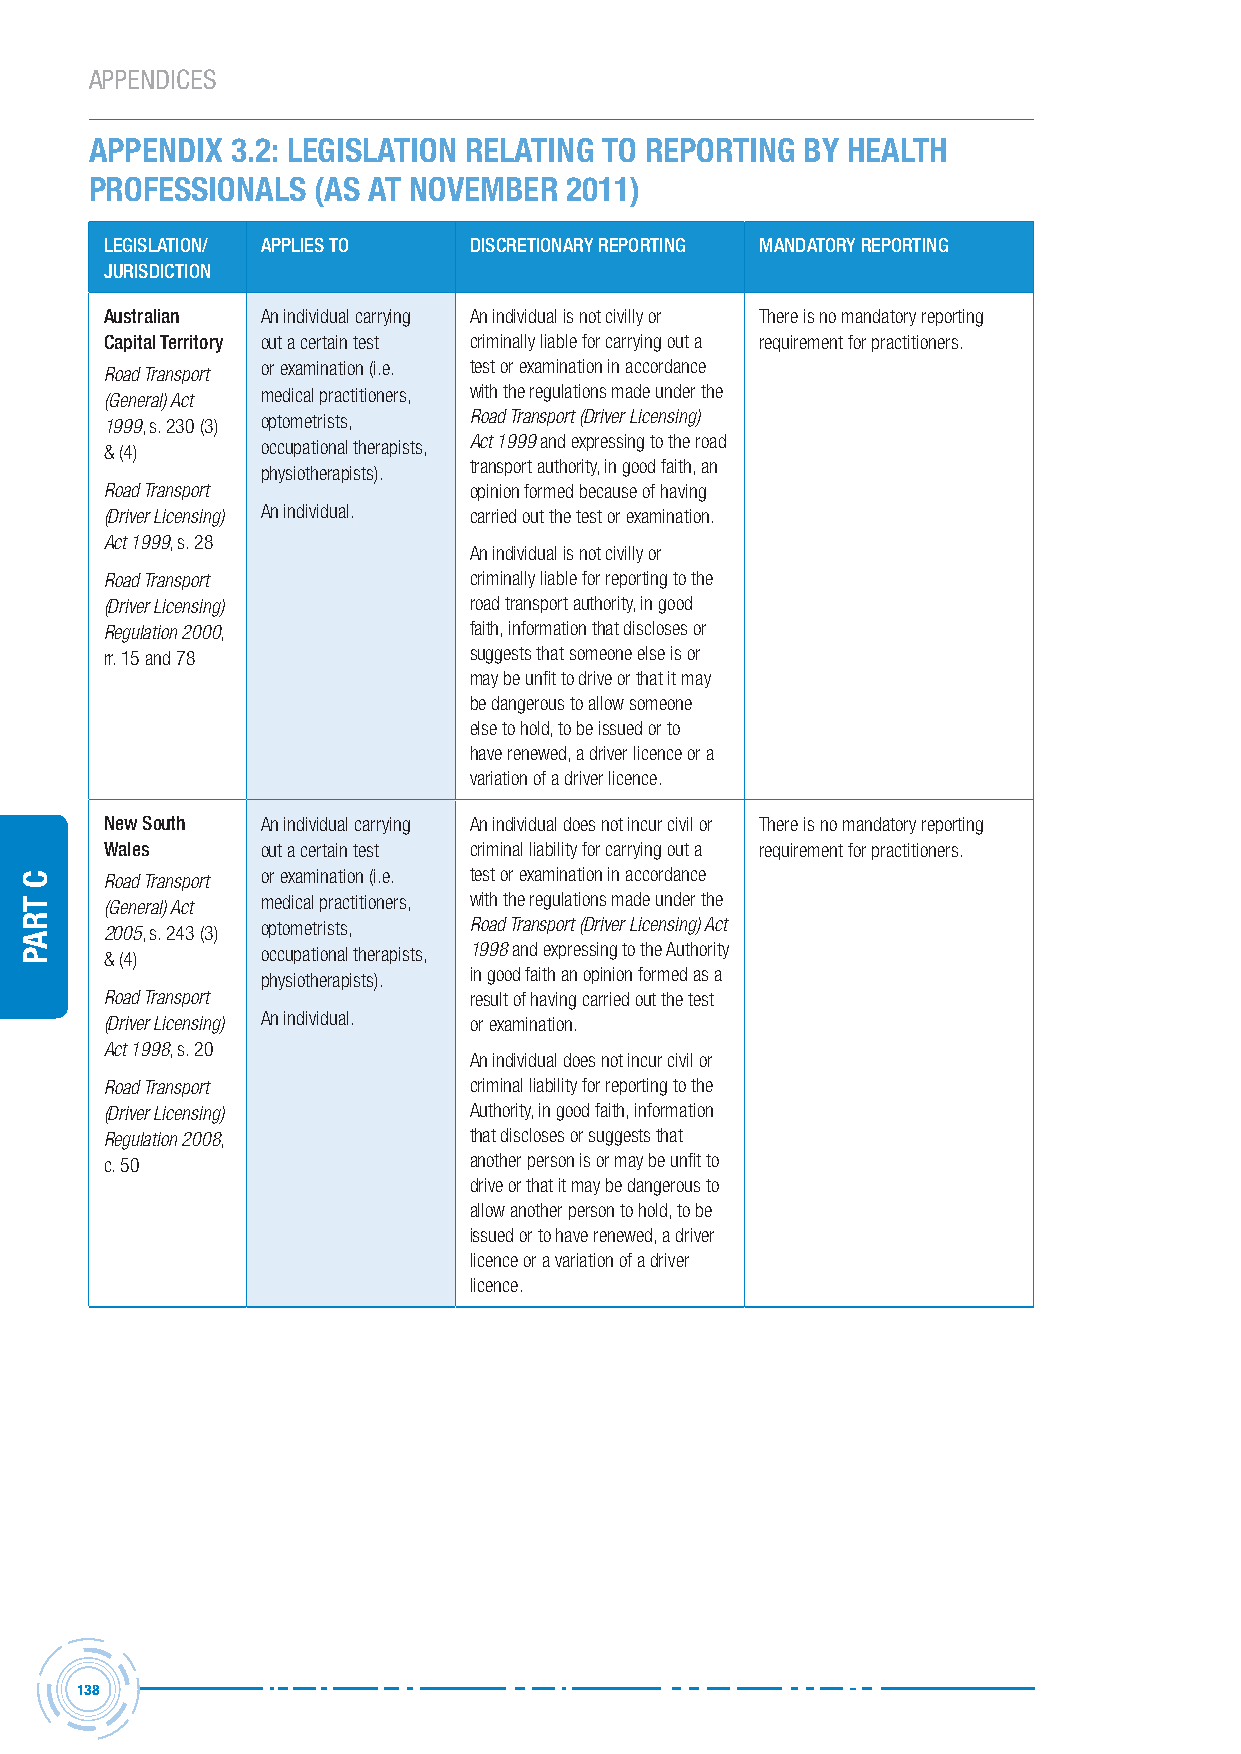
APPENDICES
 APPENDIx 3.2: LEGISLATION RELATING TO REPORTING by HEALTH
 PROFESSIONALS  (AS AT NOVEMbER 2011)
 LegisLAtion/ APPLies to DiscretionArY rePorting MAnDAtorY rePorting
 JUrisDiction
 Australian An individual carrying An individual is not civilly or There is no mandatory reporting
 capital territory out a certain test criminally liable for carrying out a requirement for practitioners.
 Road Transport or examination (i.e. test or examination in accordance
 (General) Act medical practitioners, with the regulations made under the
 1999, s. 230 (3) optometrists, Road Transport (Driver Licensing)
 & (4)     occupational therapists, Act 1999 and expressing to the road
 transport authority, in good faith, an
 physiotherapists).
 Road Transport          opinion formed because of having
 (Driver Licensing) An individual. carried out the test or examination.
 Act 1999, s. 28
 An individual is not civilly or
 Road Transport          criminally liable for reporting to the
 (Driver Licensing)      road transport authority, in good
 Regulation 2000,        faith, information that discloses or
 rr. 15 and 78           suggests that someone else is or
 may be unfit to drive or that it may
 be dangerous to allow someone
 else to hold, to be issued or to
 have renewed, a driver licence or a
 variation of a driver licence.
 new south An individual carrying An individual does not incur civil or There is no mandatory reporting
 Wales     out a certain test criminal liability for carrying out a requirement for practitioners.
 Road Transport or examination (i.e. test or examination in accordance
 (General) Act medical practitioners, with the regulations made under the
 2005, s. 243 (3) optometrists, Road Transport (Driver Licensing) Act
 & (4)     occupational therapists, 1998 and expressing to the Authority
 in good faith an opinion formed as a
 physiotherapists).
 Road Transport          result of having carried out the test
 (Driver Licensing) An individual. or examination.
 Act 1998, s. 20
 An individual does not incur civil or
 Road Transport          criminal liability for reporting to the
 (Driver Licensing)      Authority, in good faith, information
 Regulation 2008,        that discloses or suggests that
 c. 50                   another person is or may be unfit to
 drive or that it may be dangerous to
 allow another person to hold, to be
 issued or to have renewed, a driver
 licence or a variation of a driver
 licence.
 138
 C
 traP